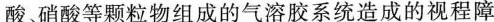
酸硝酸等颗粒物组成的气溶胶系统造成的视程障